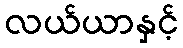
လယ်ယာနှင့်